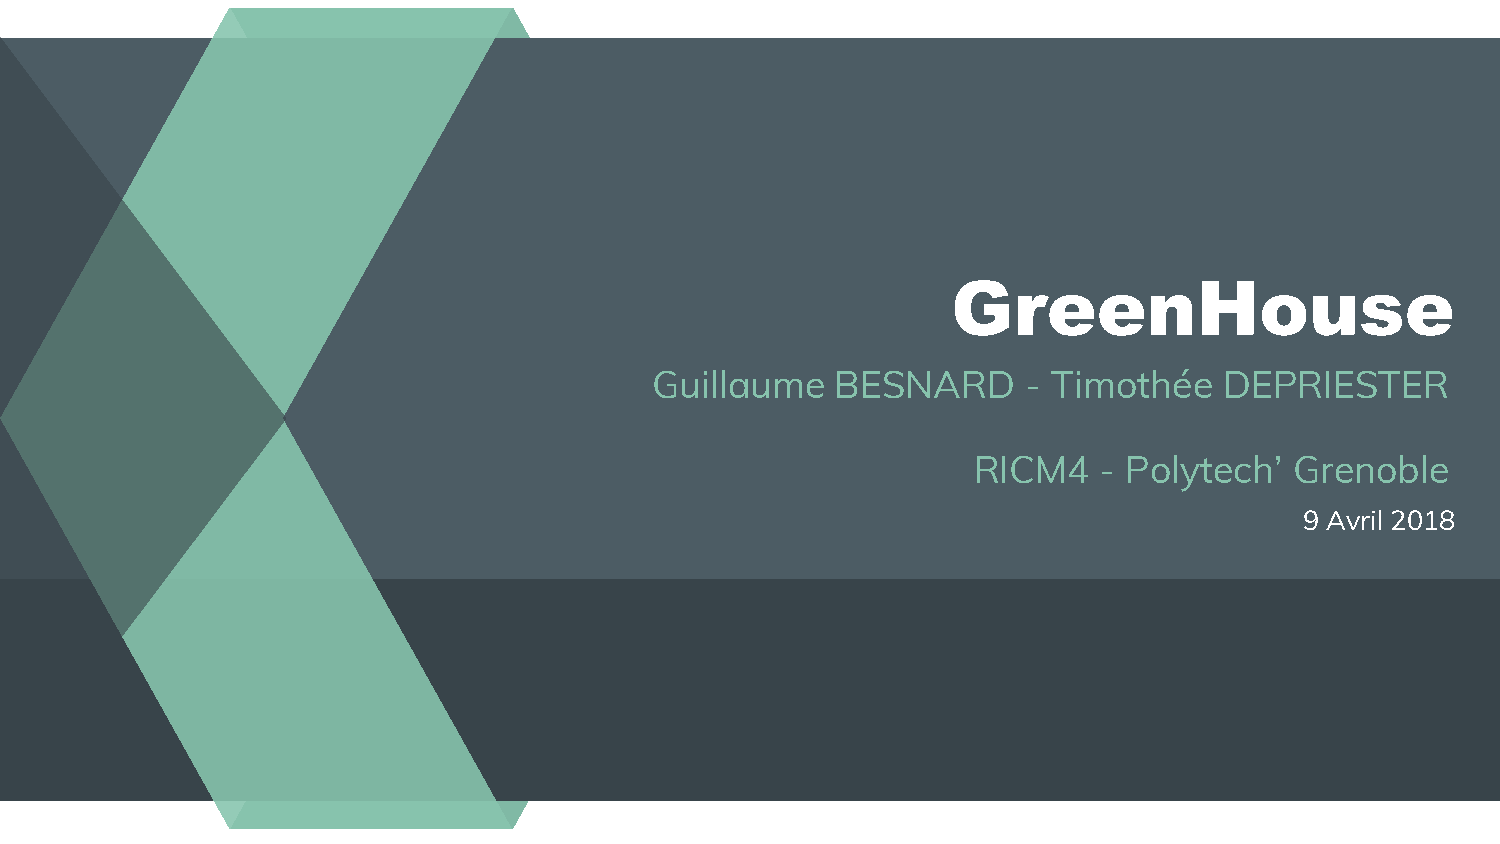
GreenHouse
 Guillaume   BESNARD      - Timothée   DEPRIESTER
 RICM4    - Polytech’  Grenoble
 9 Avril 2018